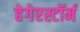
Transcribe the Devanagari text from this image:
हेगेरस्टॉर्म